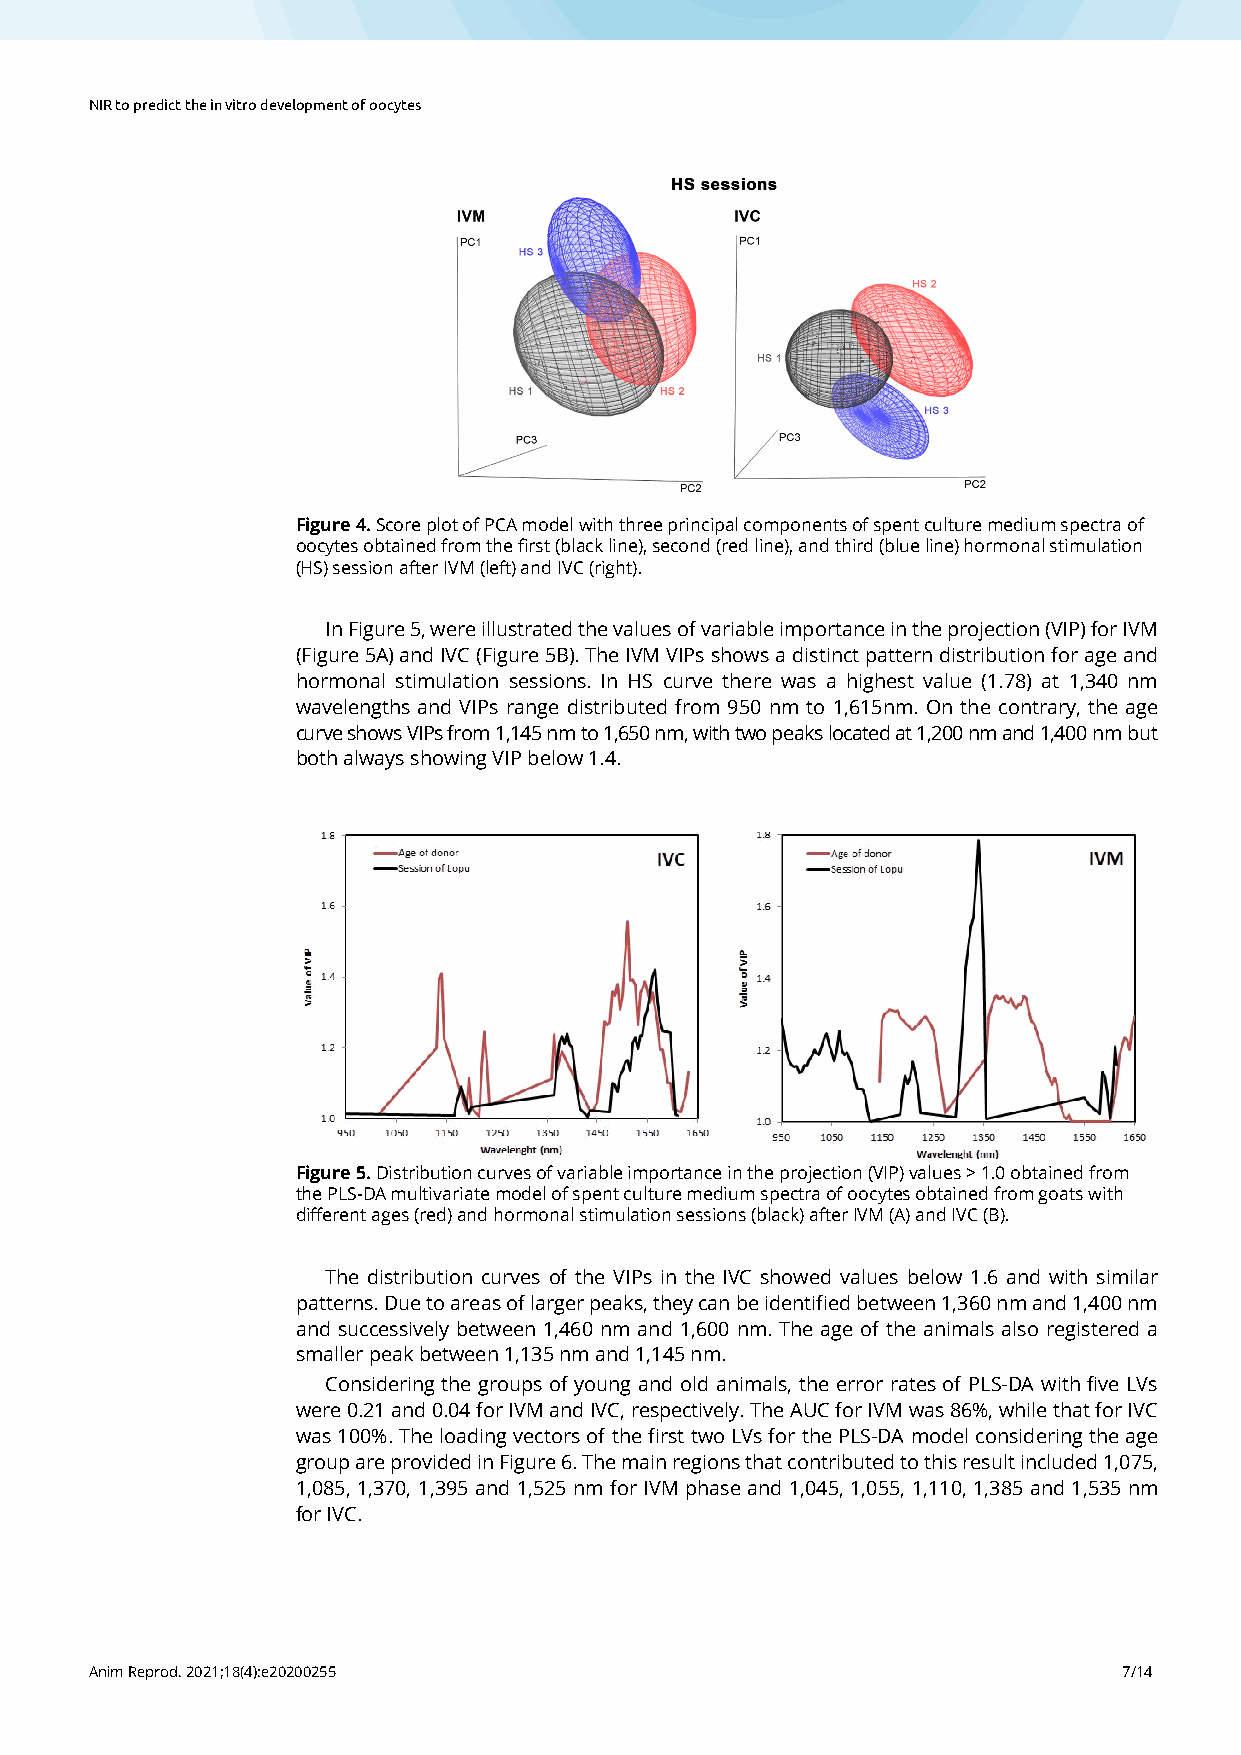
NIR to predict the in vitro development of oocytes
 Figure 4. Score plot of PCA model with three principal components of spent culture medium spectra of
 oocytes obtained from the first (black line), second (red line), and third (blue line) hormo nal stimulation
 (HS) session after IVM (left) and IVC (right).
 In Figure 5, were illustrated the values of variable importance in the projection (VIP) for IVM
 (Figure 5A) and IVC (Figure 5B). The IVM VIPs shows a distinct pattern distribution for age and
 hormonal stimulation sessions. In HS curve there was a highest value (1.78) at 1,340 nm
 wavelengths and VIPs range distributed from 950 nm to 1,615nm. On the contrary, the age
 curve shows VIPs from 1,145 nm to 1,650 nm, with two peaks located at 1,200 nm and 1,400 nm but
 both always showing VIP below 1.4.
 Figure 5. Distribution curves of variable importance in the projection (VIP) values > 1.0 obtained from
 the PLS-DA multivariate model of spent culture medium spectra of oocytes obtained from goats with
 different ages (red) and hormonal stimulation sessions (black) after IVM (A) and IVC (B).
 The distribution curves of the VIPs in the IVC showed values below 1.6 and with similar
 patterns. Due to areas of larger peaks, they can be identified between 1,360 nm and 1,400 nm
 and successively between 1,460 nm and 1,600 nm. The age of the animals also registered a
 smaller peak between 1,135 nm and 1,145 nm.
 Considering the groups of young and old animals, the error rates of PLS-DA with five LVs
 were 0.21 and 0.04 for IVM and IVC, respectively. The AUC for IVM was 86%, while that for IVC
 was 100%. The loading vectors of the first two LVs for the PLS-DA model considering the age
 group are provided in Figure 6. The main regions that contributed to this result included 1,075,
 1,085, 1,370, 1,395 and 1,525 nm for IVM phase and 1,045, 1,055, 1,110, 1,385 and 1,535 nm
 for IVC.
 Anim Reprod. 2021;18(4):e20200255                                   7/14